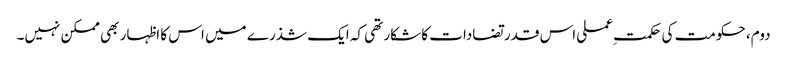
دوم، حکومت کی حکمت ِعملی اس قدر تضادات کا شکار تھی کہ ایک شذرے میں اس کا اظہار بھی ممکن نہیں۔